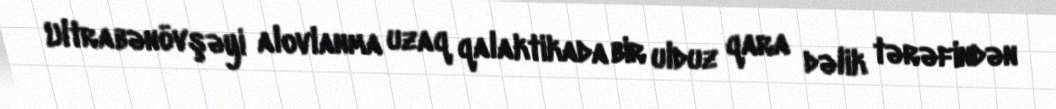
Ultrabənövşəyi alovlanma uzaq qalaktikada bir ulduz qara dəlik tərəfindən